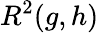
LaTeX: R^{2}(g,h)